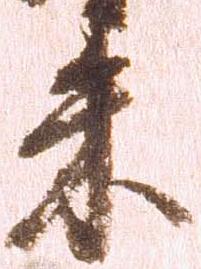
朱